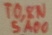
Text: TO,8N5A00